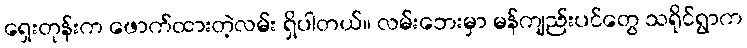
ရှေးတုန်းက ဖောက်ထားတဲ့လမ်း ရှိပါတယ်။ လမ်းဘေးမှာ မန်ကျည်းပင်တွေ သရိုင်ရွာက